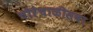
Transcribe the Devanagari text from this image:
चौरेचाळीसवा